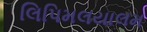
લિપિમલયાલમ